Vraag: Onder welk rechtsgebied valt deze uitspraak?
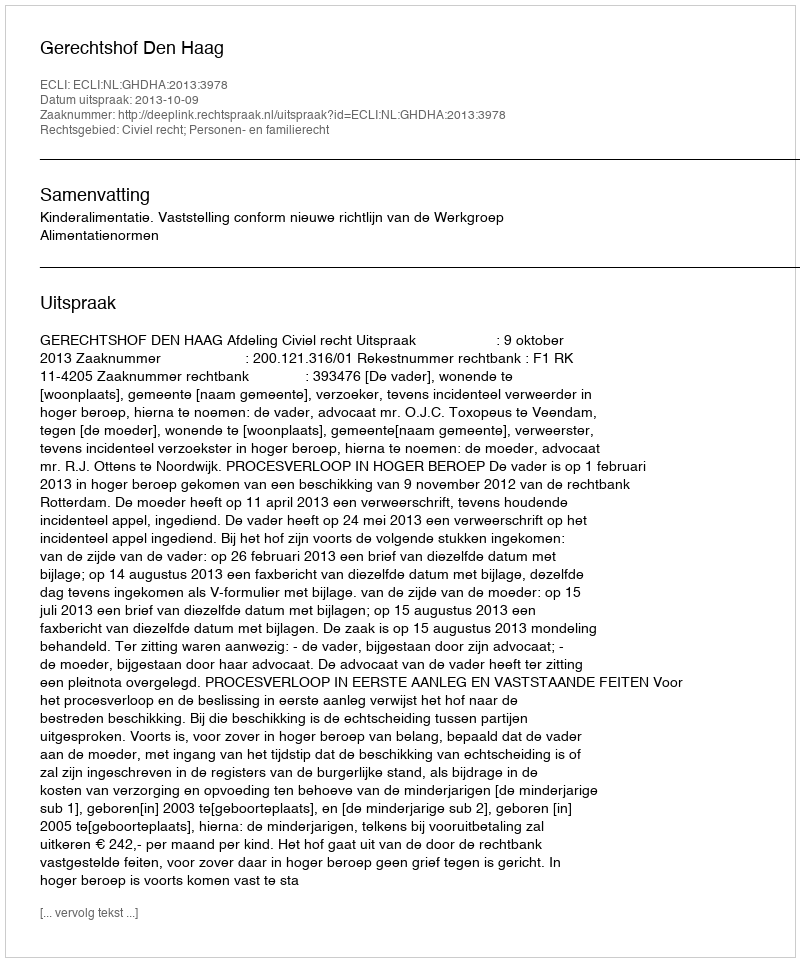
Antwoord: Civiel recht; Personen- en familierecht